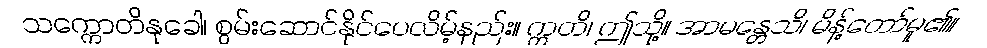
သက္ကောတိနုခေါ၊ စွမ်းဆောင်နိုင်ပေလိမ့်နည်း။ ဣတိ၊ ဤသို့။ အာမန္တေသိ၊ မိန့်တော်မူ၏။